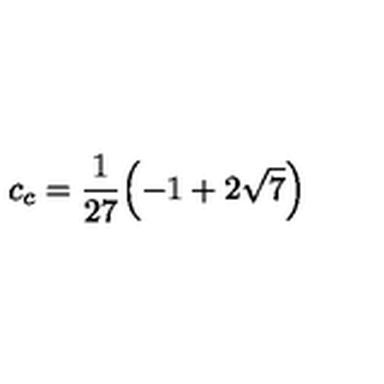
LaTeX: c _ { c } = \frac { 1 } { 2 7 } { \left( - 1 + 2 \sqrt { 7 } \right) }